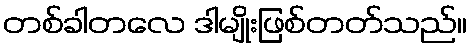
တစ်ခါတလေ ဒါမျိုးဖြစ်တတ်သည်။